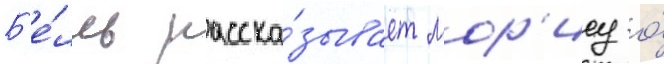
Б'е́лль расска́зывает мор'ису о́